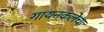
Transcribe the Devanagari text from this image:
गायनकलेचा